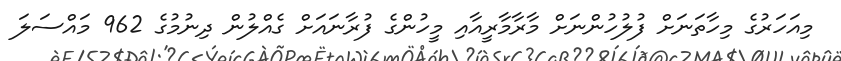
މިއަހަރުގެ މިހާތަނަށް ފުލުހުންނަށް މާރާމާރީއާއި މީހުންގެ ފުރާނައަށް ގެއްލުން ދިނުމުގެ 962 މައްސަލަ